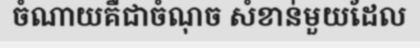
ចំណាយគឺជាចំណុច សំខាន់មួយដែល